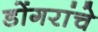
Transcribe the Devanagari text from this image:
डोंगरांचे